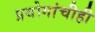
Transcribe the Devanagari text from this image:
प्रयोगांचीही